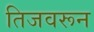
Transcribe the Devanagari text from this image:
तिजवरून